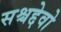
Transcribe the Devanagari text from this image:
सश्चद्देवो